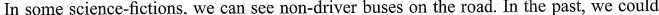
In some science-fictions, we can see non-driver buses on the road. In the past, we could